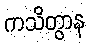
ကသိတွာန